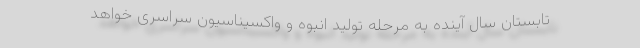
تابستان سال آینده به مرحله تولید انبوه و واکسیناسیون سراسری خواهد